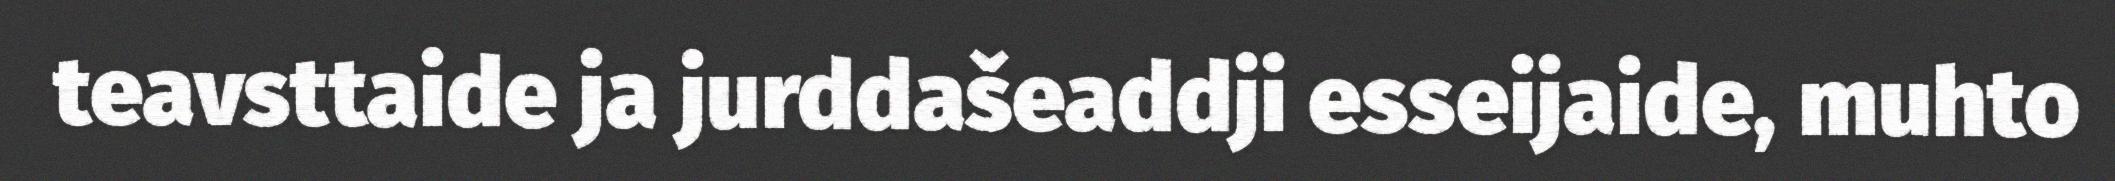
teavsttaide ja jurddašeaddji esseijaide, muhto